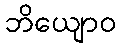
ဘိယျောဝ